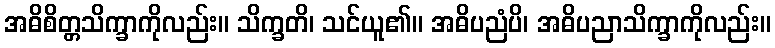
အဓိစိတ္တသိက္ခာကိုလည်း။ သိက္ခတိ၊ သင်ယူ၏။ အဓိပညံပိ၊ အဓိပညာသိက္ခာကိုလည်း။